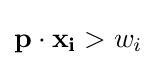
\mathbf {p} \cdot \mathbf {x_{i}} >w_{i}